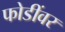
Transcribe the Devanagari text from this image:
फोडींवर